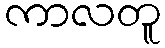
ကာလတူ